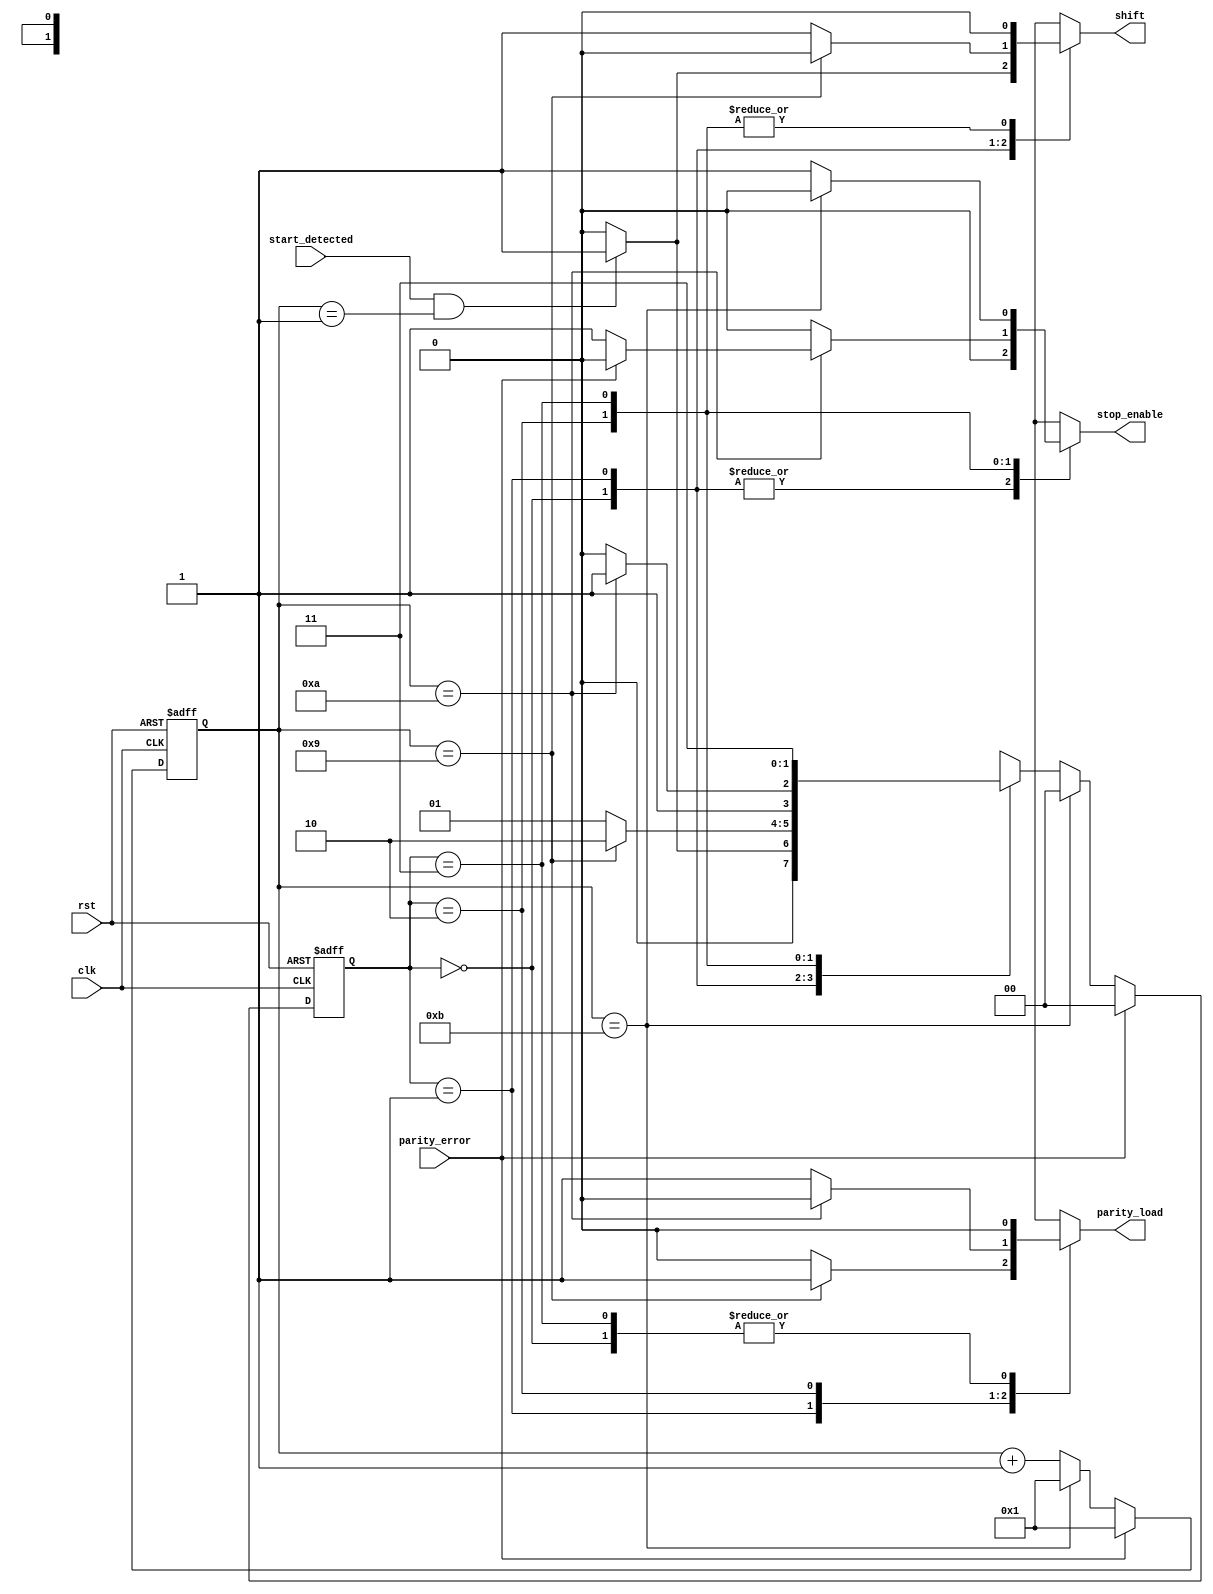
`timescale 1ns / 1ps
//////////////////////////////////////////////////////////////////////////////////
// Company: 
// Engineer: 
// 
// Design Name: 
// Module Name:    Rx_FSM 
// Project Name: 
// Target Devices: 
// Tool versions: 
// Description: 
//
// Dependencies: 
//
// Revision: 
// Revision 0.01 - File Created
// Additional Comments: 
//
//////////////////////////////////////////////////////////////////////////////////
module Rx_FSM(start_detected, parity_error, rst, clk, shift, parity_load, stop_enable);
input start_detected, parity_error, rst, clk;
output reg shift, parity_load, stop_enable;
reg [1:0] state;
reg [1:0] next_state;
reg [3:0] count = 4'b0000;
parameter idle = 2'b00, data = 2'b01, parity = 2'b10, stop = 2'b11;
always @(start_detected or state or count or parity_error) begin
	case(state)
		idle: begin
			if(start_detected == 1'b1 && count == 4'b0001) begin
				next_state <= data;
				shift <= 1'b1;
				parity_load <= 1'b0;
				stop_enable <= 1'b0;
			end
			else begin
				next_state <= idle;
				shift <= 1'b0;
				parity_load <= 1'b0;
				stop_enable <= 1'b0;
			end
		end
		data: begin
			if(count == 4'b1001) begin
				next_state <= parity;
				shift <= 1'b0;
				parity_load <= 1'b1;
				stop_enable <= 1'b0;
			end
			else begin
				next_state <= data;
				shift <= 1'b1;
				parity_load <= 1'b0;
				stop_enable <= 1'b0;
			end
		end
		parity: begin
			if(count == 4'b1010) begin
				if(parity_error == 1'b1) begin
					next_state <= idle;
					shift <= 1'b0;
					parity_load <= 1'b0;
					stop_enable <= 1'b0;
				end
				else begin
					next_state <= stop;
					shift <= 1'b0;
					parity_load <= 1'b0;
					stop_enable <= 1'b1;
				end
			end
			else begin
				next_state <= parity;
				shift <= 1'b0;
				parity_load <= 1'b1;
				stop_enable <= 1'b0;
			end
		end
		stop: begin
			if(count == 4'b1011) begin
				next_state <= idle;
				shift <= 1'b0;
				parity_load <= 1'b0;
				stop_enable <= 1'b0;
			end
			else begin
				next_state <= stop;
				shift <= 1'b0;
				parity_load <= 1'b0;
				stop_enable <= 1'b1;
			end
		end
		default: begin
			next_state <= idle;
			shift <= 1'b0;
			parity_load <= 1'b0;
			stop_enable <= 1'b0;
		end
	endcase
end
always @(posedge clk, negedge rst) begin
	if(rst == 1'b0) begin
		state <= idle;
		count <= 4'b0001;
	end
	else if(parity_error == 1'b1) begin
		state <= idle;
		count <= 4'b0001;
	end
	else if(count == 4'b1011) begin
		state <= idle;
		count <= 4'b0001;
	end
	else begin
		state <= next_state;
		count <= count + 1;
	end
end
endmodule